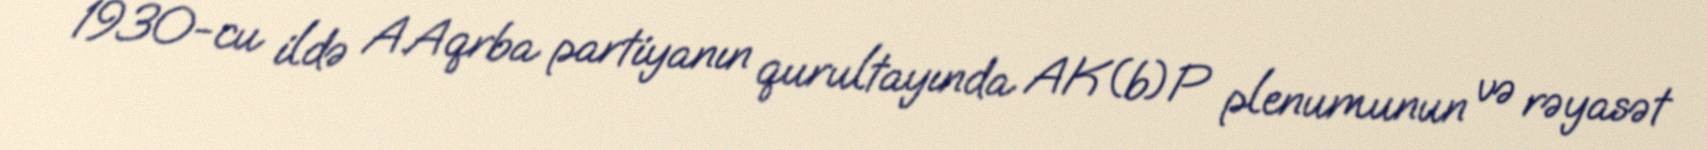
1930-cu ildə A.Aqrba partiyanın qurultayında AK(b)P plenumunun və rəyasət